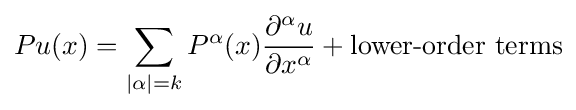
Pu(x)=\sum _{|\alpha |=k}P^{\alpha }(x){\frac {\partial ^{\alpha }u}{\partial x^{\alpha }}}+{\text{lower-order terms}}